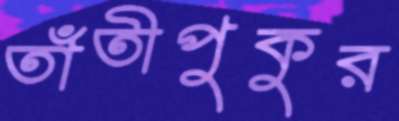
তাঁতীপুকুর